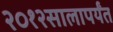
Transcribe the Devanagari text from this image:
२०१२सालापर्यंत